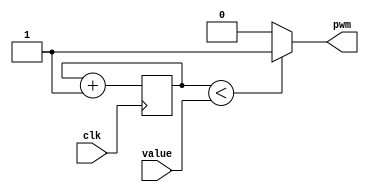
module m_pwm(input clk, input [7:0] value, output pwm);
	reg[7:0] cnt;
	always @(posedge clk)
		cnt=cnt+1;
	assign pwm=(cnt<value)?1'b1 : 1'b0;
endmodule

//updown counter
module m_up_down_counter2(input clk, input up, input down, output [7:0] cnt_out);
	reg [7:0] cnt;
	
	assign cnt_out=cnt;
	always @(posedge clk) begin
		//up
		if((up==1'b1)&&(down==1'b0)) begin
			if(cnt<8'hff)
				cnt=cnt+1;
			end
			else if((up==1'b0)&&(down==1'b1)) begin
				if(cnt>0)
					cnt=cnt-1;
			end
		end
endmodule

// 1/100 sec clock generate
module m_10ms_clk(input clk, output clk10ms);
	reg[19:0] cnt;
	reg r10ms;
	wire wcout;
	
	assign wcout=(cnt==20'd249999)? 1'b1: 1'b0;
	assign clk10ms=r10ms;
	always @(posedge clk) begin
		if(wcout==1'b1) begin
			cnt=0;
			r10ms=~r10ms;
		end
		else begin
			cnt=cnt+1;
		end
	end
	
endmodule






// removing chattering
module m_chattering(input clk, input sw_in, output sw_out);
	reg[15:0] cnt;
	reg swreg;
	wire iclk;
	
	assign sw_out=swreg;
	
	// 16 bit counter
	always @(posedge clk) begin
		cnt=cnt+1;
	end
	assign iclk=cnt[15];
	
	always @(posedge iclk) begin
		swreg=sw_in;
	end
endmodule


// 7 segment decoder
module m_seven_segment(input [3:0] idat, output [7:0] odat);
	parameter dot=1'b1;
	function [7:0] LedDec;
	input [3:0] num;
	begin
		case(num)
			4'h0: LedDec=8'b11000000;
			4'h1: LedDec=8'b11111001;
			4'h2: LedDec=8'b10100100;
			4'h3: LedDec=8'b10110000;
			4'h4: LedDec=8'b10011001;
			4'h5: LedDec=8'b10010010;
			4'h6: LedDec=8'b10000010;
			4'h7: LedDec=8'b11111000;
			4'h8: LedDec=8'b10000000;
			4'h9: LedDec=8'b10011000;
			4'ha: LedDec=8'b10001000;
			4'hb: LedDec=8'b10000011;
			4'hc: LedDec=8'b10100111;
			4'hd: LedDec=8'b10100001;
			4'he: LedDec=8'b10000110;
			4'hf: LedDec=8'b10001110;
			default: LedDec=8'b11111111;
		endcase
	end
	endfunction
		wire [7:0] tdat;
		assign tdat=LedDec(idat);
		assign odat={dot, tdat[6:0]};
endmodule